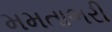
મમતાભરી